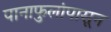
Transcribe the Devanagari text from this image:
पानाफुलांपासून